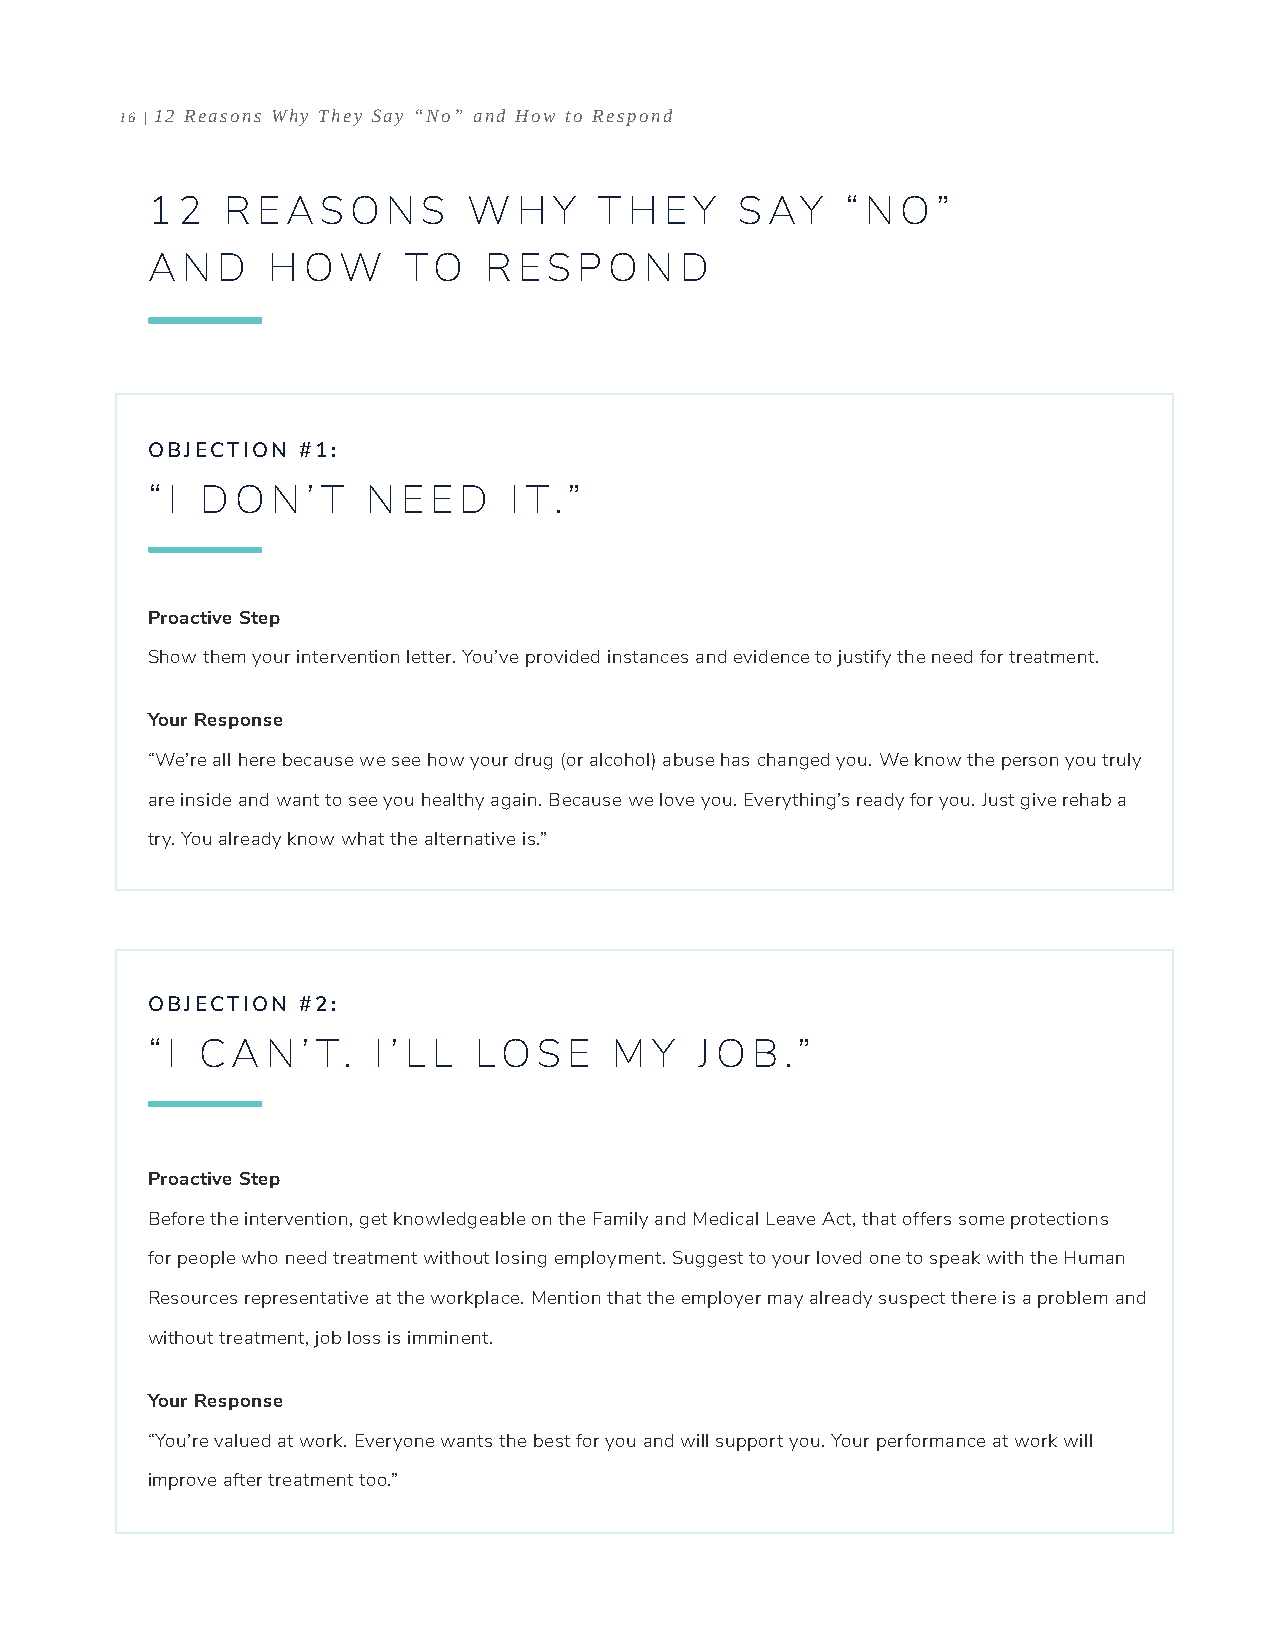
16 | 12 Reasons Why They Say “No” and How to Respond
 1 2  R EAS   O  N S  W  H  Y  T H EY   S AY   “ N O”
 A N D   H OW     TO   R ES  PO   N D
 OBJECTION #1:
 “ I D O N ’ T N  E E D  I T.”
 Proactive Step
 Show them your intervention letter. You’ve provided instances and evidence to justify the need for treatment.
 Your Response
 “We’re all here because we see how your drug (or alcohol) abuse has changed you. We know the person you truly
 are inside and want to see you healthy again. Because we love you. Everything’s ready for you. Just give rehab a
 try. You already know what the alternative is.”
 OBJECTION #2:
 “ I CA  N ’ T. I ’ L L LO S E  M Y  J O B.”
 Proactive Step
 Before the intervention, get knowledgeable on the Family and Medical Leave Act, that offers some protections
 for people who need treatment without losing employment. Suggest to your loved one to speak with the Human
 Resources representative at the workplace. Mention that the employer may already suspect there is a problem and
 without treatment, job loss is imminent.
 Your Response
 “You’re valued at work. Everyone wants the best for you and will support you. Your performance at work will
 improve after treatment too.”